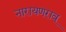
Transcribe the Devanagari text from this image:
नारायणराव्